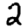
Digit: 2